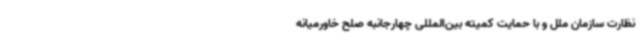
نظارت سازمان ملل و با حمایت کمیته بین‌المللی چهارجانبه صلح خاورمیانه